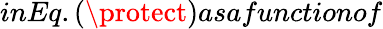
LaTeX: inEq.(\protect)asafunctionof